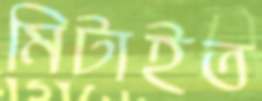
মিটাইত